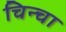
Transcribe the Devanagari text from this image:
चिन्चा